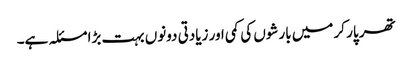
تھر پار کر میں بارشوں کی کمی اور زیادتی دونوں بہت بڑا مسئلہ ہے۔